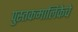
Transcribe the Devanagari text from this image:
पुस्तकमालिकेचे